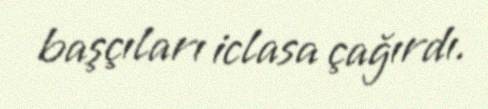
başçıları iclasa çağırdı.